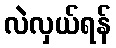
လဲလှယ်ရန်